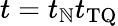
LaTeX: t=t_{\mathbb{N}}t_{\mathrm{{TQ}}}